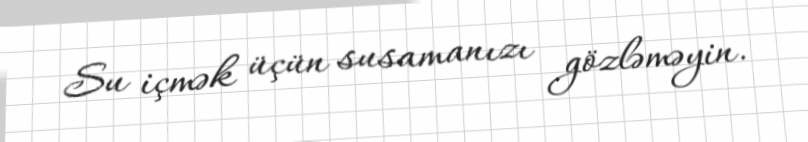
Su içmək üçün susamanızı gözləməyin.